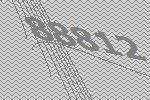
88812